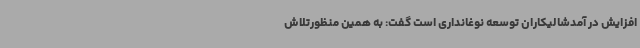
افزایش در آمدشالیکاران توسعه نوغانداری است گفت: به همین منظورتلاش